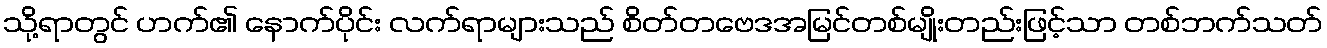
သို့ရာတွင် ဟက်၏ နောက်ပိုင်း လက်ရာများသည် စိတ်တဗေဒအမြင်တစ်မျိုးတည်းဖြင့်သာ တစ်ဘက်သတ်